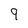
Character: 9